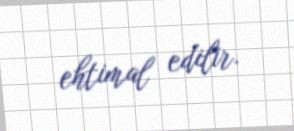
ehtimal edilir.